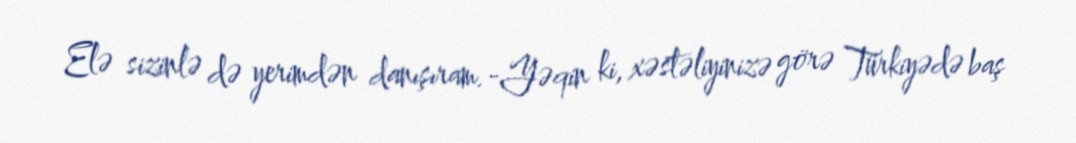
Elə sizinlə də yerimdən danışıram.-Yəqin ki, xəstəliyinizə görə Türkiyədə baş